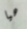
هيا